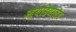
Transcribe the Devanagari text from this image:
आयडियालॅब